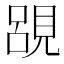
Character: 𮗔